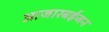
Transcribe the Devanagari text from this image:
आजारबईजन